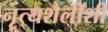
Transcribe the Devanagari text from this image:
नृत्यशैलींशी